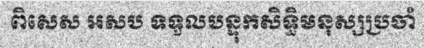
ពិសេស អសប ទទួលបន្ទុកសិទ្ធិមនុស្សប្រចាំ